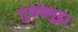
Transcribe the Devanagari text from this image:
गुरुडमुद्रा